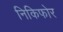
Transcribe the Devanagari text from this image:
निकिफोर